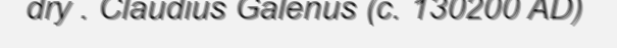
dry . Claudius Galenus (c. 130200 AD)